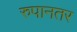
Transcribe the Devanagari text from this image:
रुपानतर